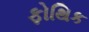
ફોથિક